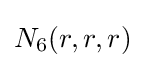
N_{6}(r,r,r)